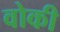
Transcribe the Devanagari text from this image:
वोकी